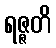
ရဇ္ဇတိ